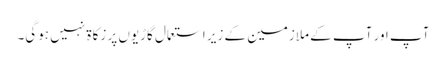
آپ اور آپ کے ملازمین کے زیرِ استعمال گاڑیوں پر زکاۃ نہیں ہوگی۔